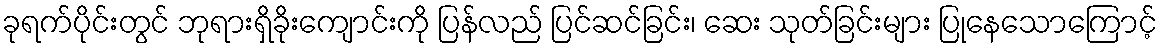
ခုရက်ပိုင်းတွင် ဘုရားရှိခိုးကျောင်းကို ပြန်လည် ပြင်ဆင်ခြင်း၊ ဆေး သုတ်ခြင်းများ ပြုနေသောကြောင့်